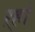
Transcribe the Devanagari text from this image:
ऱ्हो